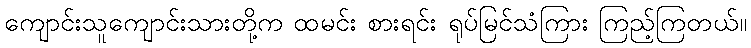
ကျောင်းသူကျောင်းသားတို့က ထမင်း စားရင်း ရုပ်မြင်သံကြား ကြည့်ကြတယ်။